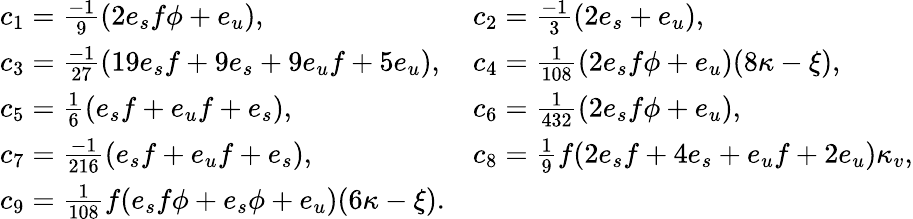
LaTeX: \begin{array}{ll}{{c_{1}={\frac{-1}{9}}(2e_{s}f\phi+e_{u}),}}&{{c_{2}={\frac{-1}{3}}(2e_{s}+e_{u}),}}\\ {{c_{3}={\frac{-1}{27}}(19e_{s}f+9e_{s}+9e_{u}f+5e_{u}),}}&{{c_{4}={\frac{1}{108}}(2e_{s}f\phi+e_{u})(8\kappa-\xi),}}\\ {{c_{5}={\frac{1}{6}}(e_{s}f+e_{u}f+e_{s}),}}&{{c_{6}={\frac{1}{432}}(2e_{s}f\phi+e_{u}),}}\\ {{c_{7}={\frac{-1}{216}}(e_{s}f+e_{u}f+e_{s}),}}&{{c_{8}={\frac{1}{9}}f(2e_{s}f+4e_{s}+e_{u}f+2e_{u})\kappa_{v},}}\\ {{c_{9}={\frac{1}{108}}f(e_{s}f\phi+e_{s}\phi+e_{u})(6\kappa-\xi).}}\end{array}